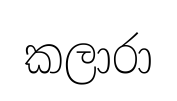
කලාරා